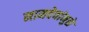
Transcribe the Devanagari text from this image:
नामदेवांमुळे